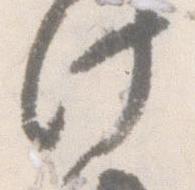
此